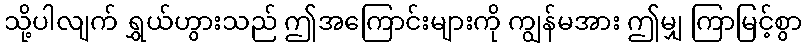
သို့ပါလျက် ရွှယ်ဟွားသည် ဤအကြောင်းများကို ကျွန်မအား ဤမျှ ကြာမြင့်စွာ